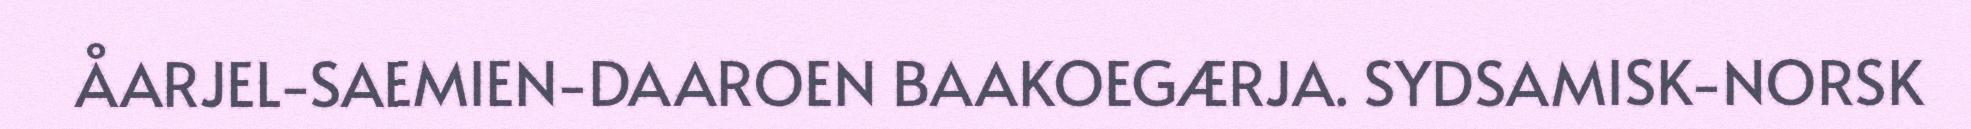
ÅARJEL-SAEMIEN-DAAROEN BAAKOEGÆRJA. SYDSAMISK-NORSK